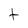
Character: t